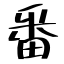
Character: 番